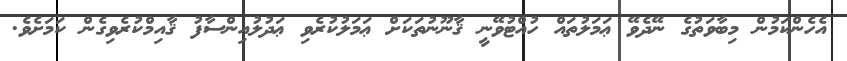
އެހެންކަމުން މިބާވަތުގެ ނޭދެވޭ ޢަމަލުތައް ހުއްޓުވޭނީ ޤާނޫނުތަކަށް ޢަމަލުކުރެވި ޢަދުލުއިންސާފު ޤާއިމްކުރެވިގެން ކަމަށެވެ.